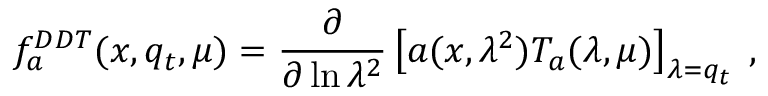
f _ { a } ^ { D D T } ( x , q _ { t } , \mu ) = \frac \partial { \partial \ln \lambda ^ { 2 } } \left[ a ( x , \lambda ^ { 2 } ) T _ { a } ( \lambda , \mu ) \right] _ { \lambda = q _ { t } } \; ,